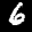
Label: 6